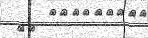
٤١